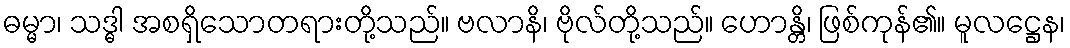
ဓမ္မာ၊ သဒ္ဓါ အစရှိသောတရားတို့သည်။ ဗလာနိ၊ ဗိုလ်တို့သည်။ ဟောန္တိ၊ ဖြစ်ကုန်၏။ မူလဋ္ဌေန၊